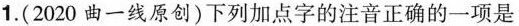
1.(2020曲一线原创)下列加点字的注音正确的一项是